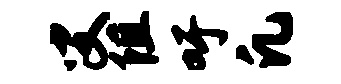
叟阻吁凡